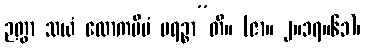
ဉတွာ သယံ လောကမိမံ ပရဉ္စာ”တိ။ (ဇာ။ ၂။၁၇။၆၁)၊